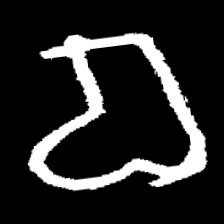
Pyu character \u2014 Myanmar letter: စ (romanized: ca)